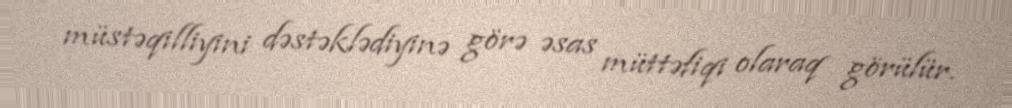
müstəqilliyini dəstəklədiyinə görə əsas müttəfiqi olaraq görülür.